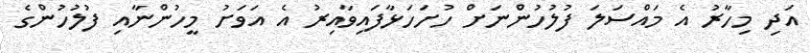
އަދި މިހާރު އެ މައްސަލަ ފުލުހުންނަށް ހުށަހަޅާފައިވާއިރު އެ އަވަށު މީހުންނާއި ފުލުހުންގެ